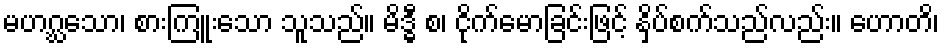
မဟဂ္ဃသော၊ စားကြူးသော သူသည်။ မိဒ္ဓီ စ၊ ငိုက်မောခြင်းဖြင့် နှိပ်စက်သည်လည်း။ ဟောတိ၊